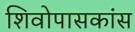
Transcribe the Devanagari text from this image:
शिवोपासकांस